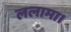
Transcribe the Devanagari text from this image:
ललामा।